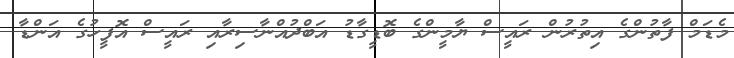
މެޑަމް ފާތުންގެ އިތުރުން ރައީސް ޔާމީންގެ ބޮޑީގާޑު އަބްދުއްނާސިރާއި ރައީސް އޮފީހުގެ އަންޑާ